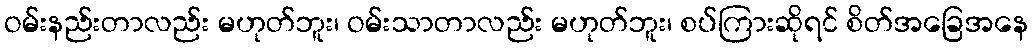
ဝမ်းနည်းတာလည်း မဟုတ်ဘူး၊ ဝမ်းသာတာလည်း မဟုတ်ဘူး၊ စပ်ကြားဆိုရင် စိတ်အခြေအနေ